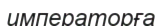
императорға